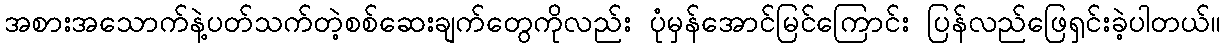
အစားအသောက်နဲ့ပတ်သက်တဲ့စစ်ဆေးချက်တွေကိုလည်း ပုံမှန်အောင်မြင်ကြောင်း ပြန်လည်ဖြေရှင်းခဲ့ပါတယ်။